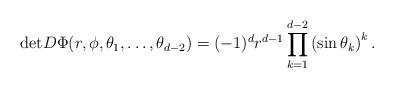
LaTeX: \begin{align*} \mathrm{det}D\Phi(r,\phi,\theta_1,\ldots,\theta_{d-2})=(-1)^d r^{d-1}\prod_{k=1}^{d-2}\left(\sin\theta_k\right)^k. \end{align*}